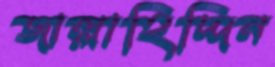
জাল্লাহিদ্দিন